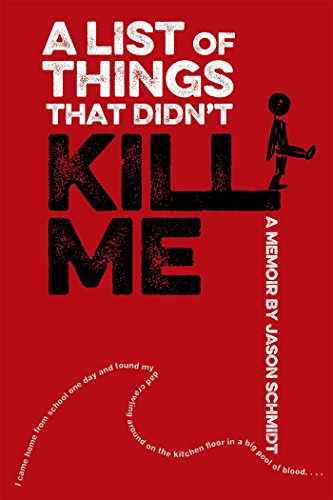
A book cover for A List of Things That Didn't Kill Me; Jason Schmidt; Teen & Young Adult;